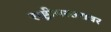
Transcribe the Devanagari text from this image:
राष्ट्रीयस्तरावर